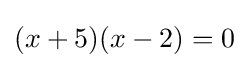
(x+5)(x-2)=0